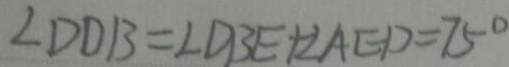
\angle D D B = \angle D B E + \angle A E D = 7 5 ^ { \circ }